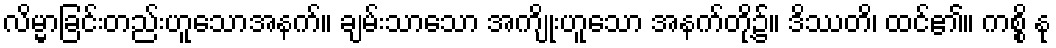
လိမ္မာခြင်းတည်းဟူသောအနက်။ ချမ်းသာသော အကျိုးဟူသော အနက်တို့၌။ ဒိဿတိ၊ ထင်၏။ ကစ္စိ နု